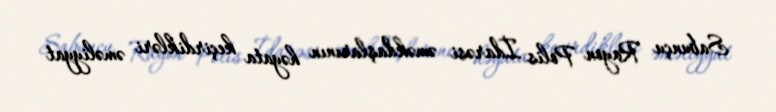
Sabunçu Rayon Polis İdarəsi əməkdaşlarının həyata keçirdikləri əməliyyat